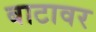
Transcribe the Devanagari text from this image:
बाटावर